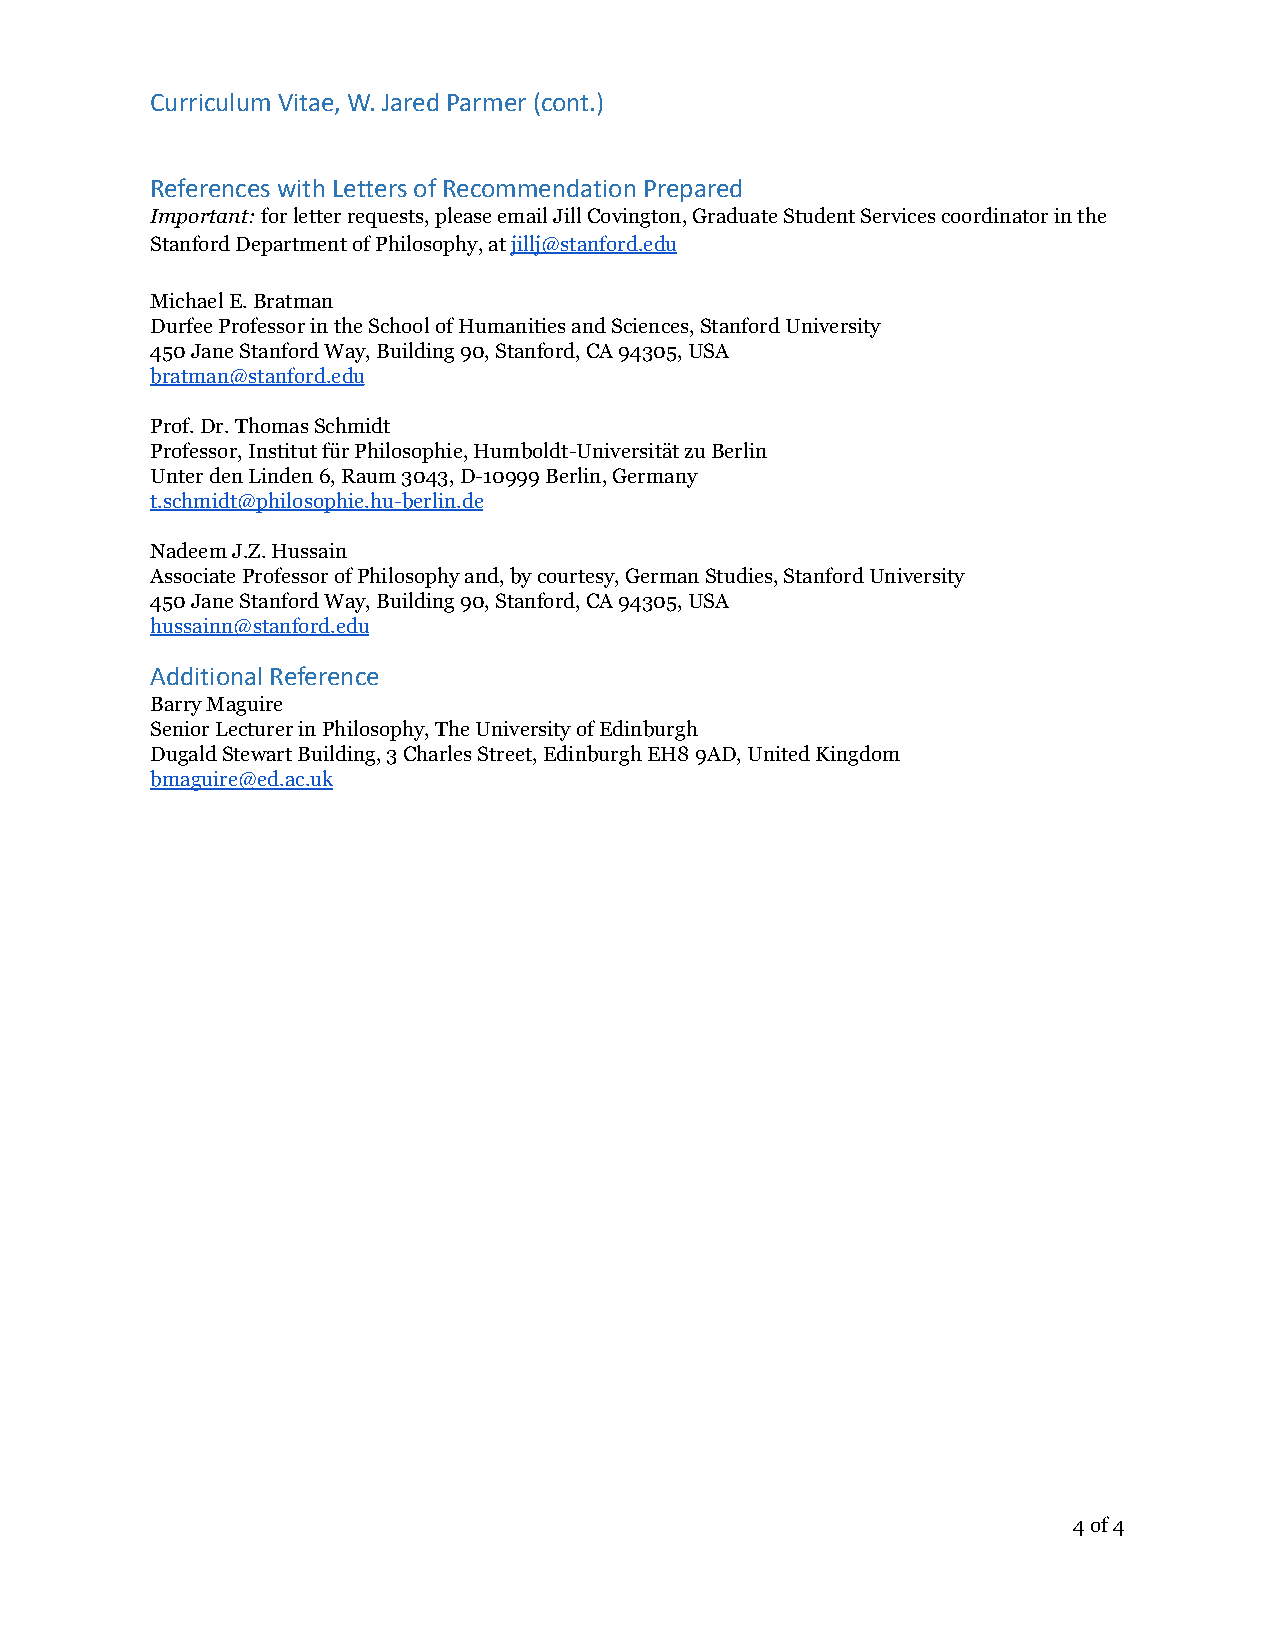
Curriculum Vitae, W. Jared Parmer (cont.)
 References with Letters of Recommendation Prepared
 Important:for letter requests,please email Jill Covington, Graduate Student Services coordinator in the
 Stanford Department of Philosophy, atjillj@stanford.edu
 Michael E. Bratman
 Durfee Professor in the School of Humanities and Sciences, Stanford University
 450 Jane Stanford Way, Building 90, Stanford, CA 94305, USA
 bratman@stanford.edu
 Prof. Dr. Thomas Schmidt
 Professor, Institut für Philosophie, Humboldt-Universität zu Berlin
 Unter den Linden 6, Raum 3043, D-10999 Berlin, Germany
 t.schmidt@philosophie.hu-berlin.de
 Nadeem J.Z. Hussain
 Associate Professor of Philosophy and, by courtesy, German Studies, Stanford University
 450 Jane Stanford Way, Building 90, Stanford, CA 94305, USA
 hussainn@stanford.edu
 Additional Reference
 Barry Maguire
 Senior Lecturer in Philosophy, The University of Edinburgh
 Dugald Stewart Building, 3 Charles Street, Edinburgh EH8 9AD, United Kingdom
 bmaguire@ed.ac.uk
 4of4